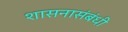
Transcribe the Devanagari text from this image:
शासनासंबंधी